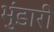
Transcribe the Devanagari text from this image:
भुंडारी